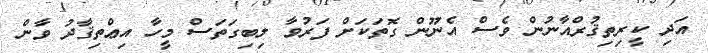
އަދި ކީރިތިޤުރްއާނުން ވެސް އެނޫން ގޮތަކަށް ފަރުވާ ލިބިގަތަސް މީހާ އިޢްތިޤާދު ވާން